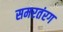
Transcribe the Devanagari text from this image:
समरतंरग